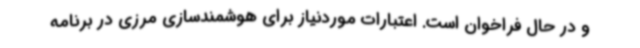
و در حال فراخوان است. اعتبارات موردنیاز برای هوشمندسازی مرزی در برنامه